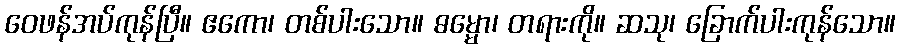
ဝေဖန်အပ်ကုန်ပြီ။ ဧကော၊ တစ်ပါးသော။ ဓမ္မော၊ တရားကို။ ဆသု၊ ခြောက်ပါးကုန်သော။